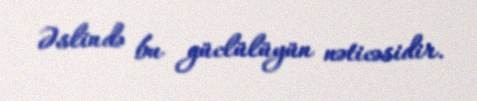
Əslində bu güclülüyün nəticəsidir.